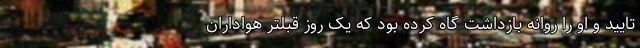
تایید و او را روانه بازداشت گاه کرده بود که یک روز قبلتر هواداران